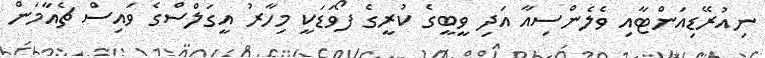
ނިއުރޭޑިއަންޓާއި ވެެލެންސިއާ އަދި ވީބީގެ ކުރީގެ ފޯވަޑަކީ މިހާރު އީގަލްސްގެ ވައިސް ޗެއާމަން